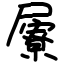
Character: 屪